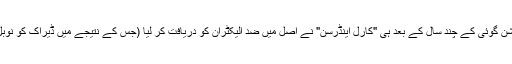
ڈیراک کی اس شاندار پیشن گوئی کے چند سال کے بعد ہی "کارل اینڈرسن" نے اصل میں ضد الیکٹران کو دریافت کر لیا (جس کے نتیجے میں ڈیراک کو نوبل پرائز ١٩٣٣ءمیں ملا)۔